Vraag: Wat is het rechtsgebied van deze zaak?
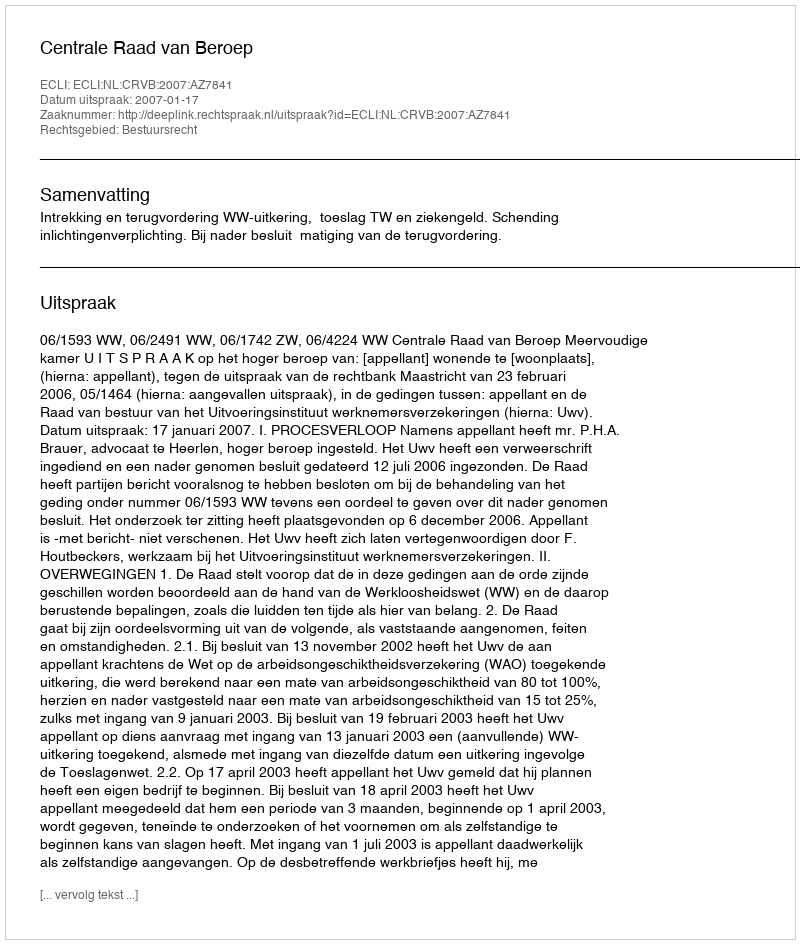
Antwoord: Bestuursrecht